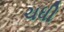
ચધી